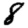
Digit: 8